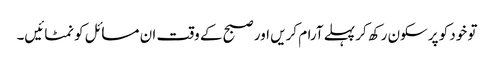
تو خود کو پرسکون رکھ کر پہلے آرام کریں اور صبح کے وقت ان مسائل کو نمٹائیں۔